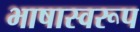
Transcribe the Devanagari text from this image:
भाषास्वरूप